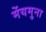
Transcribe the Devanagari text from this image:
मेंयमुना